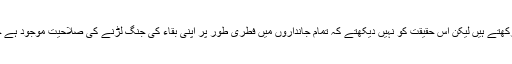
اور اِسی وجہ سے وہ اُن لوگوں کو اپنی تنقید کا نشانہ بناتے ہیں جوبائبلی بیان پر تو ایمان رکھتے ہیں لیکن اِس حقیقت کو نہیں دیکھتے کہ تمام جانداروں میں فطری طور پر اپنی بقاء کی جنگ لڑنے کی صلاحیت موجود ہے جو کہ سیکولر سائنسدانوں کے مطابق جانوروں کے اندر ارتقاء پذیری کا واضح ثبوت ہے۔